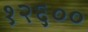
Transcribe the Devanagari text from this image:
१२६००